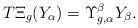
LaTeX: \begin{align*}T\Xi_g(Y_{\alpha})=\Upsilon^{\beta}_{g,\alpha} Y_{\beta}.\end{align*}